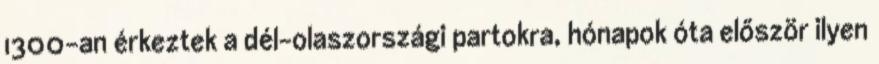
1300-an érkeztek a dél-olaszországi partokra, hónapok óta először ilyen